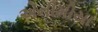
એનીમીયા